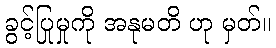
ခွင့်ပြုမှုကို အနုမတိ ဟု မှတ်။